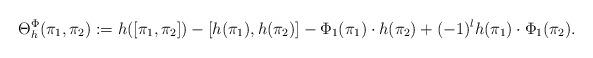
LaTeX: \begin{align*} \Theta_h^\Phi (\pi_1,\pi_2 ) := h([\pi_1,\pi_2]) - [h(\pi_1),h(\pi_2)] -\Phi_1(\pi_1) \cdot h(\pi_2) + (-1)^l h(\pi_1) \cdot \Phi_1(\pi_2). \end{align*}